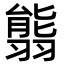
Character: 𦑴